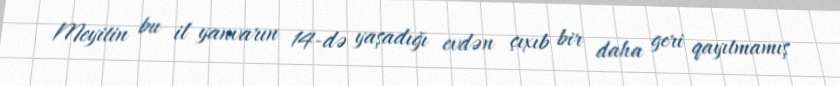
Meyitin bu il yanvarın 14-də yaşadığı evdən çıxıb bir daha geri qayıtmamış